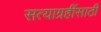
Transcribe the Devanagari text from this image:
सत्याग्रहींसाठी